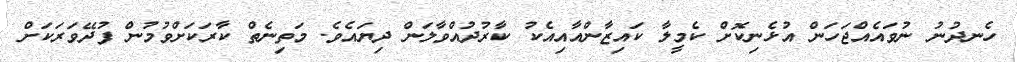
ހެނދުނު ނުވައެއްޖަހަން އުޅެނިކޮށް ކެމީލާ ކައިޒާންއާއިއެކު ކާރުދުއްވާލަން ދިޔައެވެ. މަތިނެތް ކާރަކަށްވުމުން ފުދޭވަރަކަށް